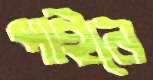
পাইনে